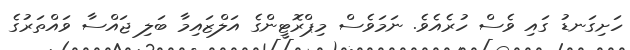
ހަށިގަނޑު ގައި ވެސް ހުރެއެވެ. ނަމަވެސް މިޕްރޮޓީންގެ އަލްޒައިމާ ބަލި ޖައްސާ ވައްތަރުގެ